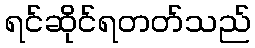
ရင်ဆိုင်ရတတ်သည်